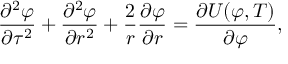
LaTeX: { \frac { \partial ^ { 2 } \varphi } { \partial \tau ^ { 2 } } } + { \frac { \partial ^ { 2 } \varphi } { \partial r ^ { 2 } } } + { \frac { 2 } { r } } { \frac { \partial \varphi } { \partial r } } = { \frac { \partial U ( \varphi , T ) } { \partial \varphi } } ,